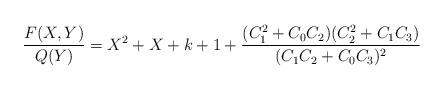
LaTeX: \begin{align*}\frac{F(X,Y)}{Q(Y)}=X^2+X+k+1+\frac{(C_1^2+C_0C_2)(C_2^2+C_1C_3)}{(C_1C_2+C_0C_3)^2}\end{align*}